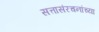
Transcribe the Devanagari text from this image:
सत्तासंरचनांच्या